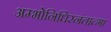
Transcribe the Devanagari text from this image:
अम्भोनिधिरनंतात्मा